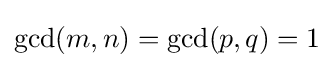
\gcd(m,n)=\gcd(p,q)=1